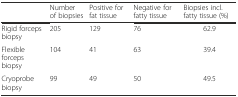
|  | Number of biopsies | Positive for fat tissue | Negative for fatty tissue | Biopsies incl. fatty tissue (%) |
 | --- | --- | --- | --- | --- |
 | Rigid forceps biopsy | 205 | 129 | 76 | 62.9 |
 | Flexible forceps biopsy | 104 | 41 | 63 | 39.4 |
 | Cryoprobe biopsy | 99 | 49 | 50 | 49.5 |